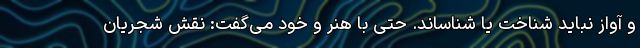
و آواز نباید شناخت یا شناساند. حتی با هنر و خود می‌گفت: نقش شجریان